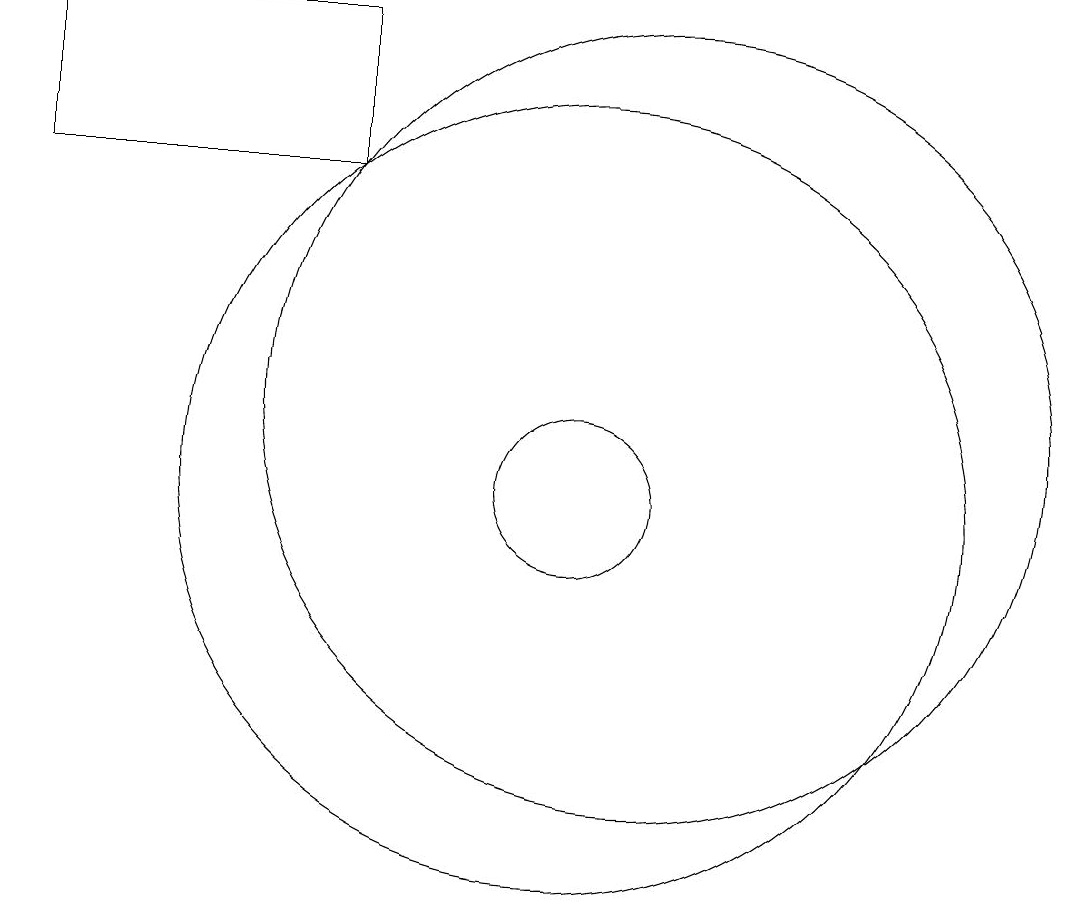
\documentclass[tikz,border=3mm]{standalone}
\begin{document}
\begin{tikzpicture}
\draw (10,10) circle (1);
\draw (3,14) rectangle (7,16);
\draw (11,11) circle (5);
\draw (10,10) circle (5);
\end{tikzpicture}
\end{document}